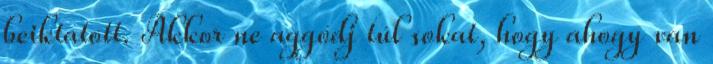
beiktatott. Akkor ne aggódj túl sokat, hogy ahogy van